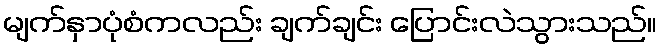
မျက်နှာပုံစံကလည်း ချက်ချင်း ပြောင်းလဲသွားသည်။